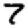
Digit: 7